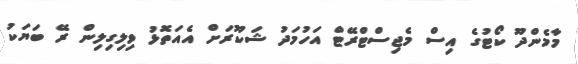
މާމެންދޫ ކޯޓުގެ އިސް މެޖިސްޓްރޭޓް އަހުމަދު ޝަކޫރަށް އެއަތޮޅު ވިލިގިލިން ރޭ ބަޔަކު